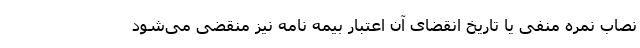
نصاب نمره منفی یا تاریخ انقضای آن اعتبار بیمه نامه نیز منقضی می‌شود